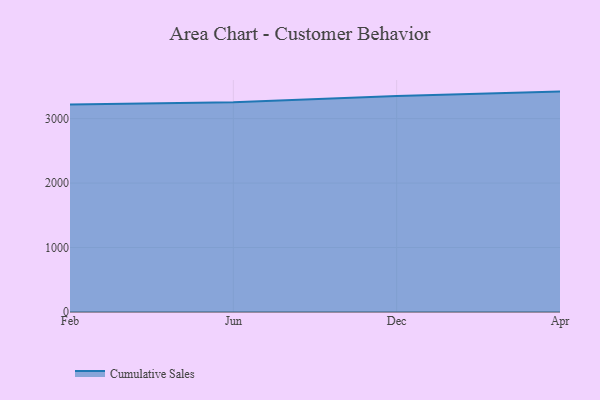
{"axis": {"x": "Month", "y": "Website Visitors"}, "legend": ["Cumulative Sales"], "data": [{"x": "Feb", "y": 3219.2, "type": "Cumulative Sales"}, {"x": "Jun", "y": 3254.1, "type": "Cumulative Sales"}, {"x": "Dec", "y": 3352.7, "type": "Cumulative Sales"}, {"x": "Apr", "y": 3419.1, "type": "Cumulative Sales"}]}